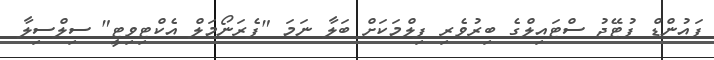
ފައުންޑް ފުޓޭޖު ސްޓައިލްގެ ބިރުވެރި ފިލްމަކަށް ބަލާ ނަމަ "ޕެރަނޯމަލް އެކްޓިވިޓީ" ސިލްސިލާ